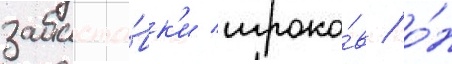
забасто́вк'и игроко́в / о́н